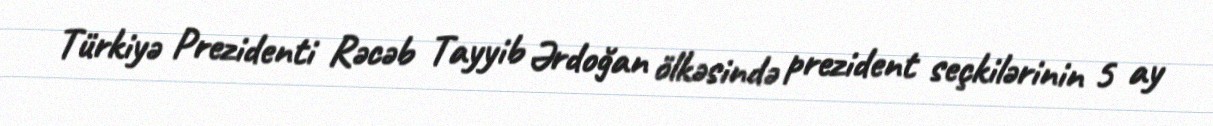
Türkiyə Prezidenti Rəcəb Tayyib Ərdoğan ölkəsində prezident seçkilərinin 5 ay